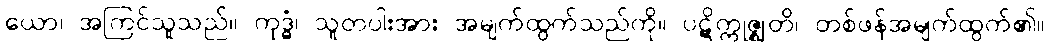
ယော၊ အကြင်သူသည်။ ကုဒ္ဓံ၊ သူတပါးအား အမျက်ထွက်သည်ကို။ ပဋိက္ကုဇ္ဈတိ၊ တစ်ဖန်အမျက်ထွက်၏။